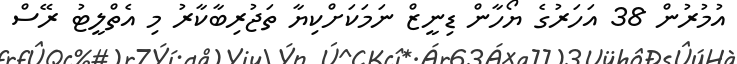
އުމުރުން 38 އަހަރުގެ ޔޯހާން ޑިނީޒް ނަމަކަށްކިޔާ ތަޖުރިބާކާރު މި އެތްލީޓު ރޭސް